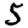
Digit: 5